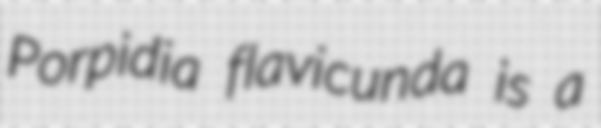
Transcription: Porpidia flavicunda is a